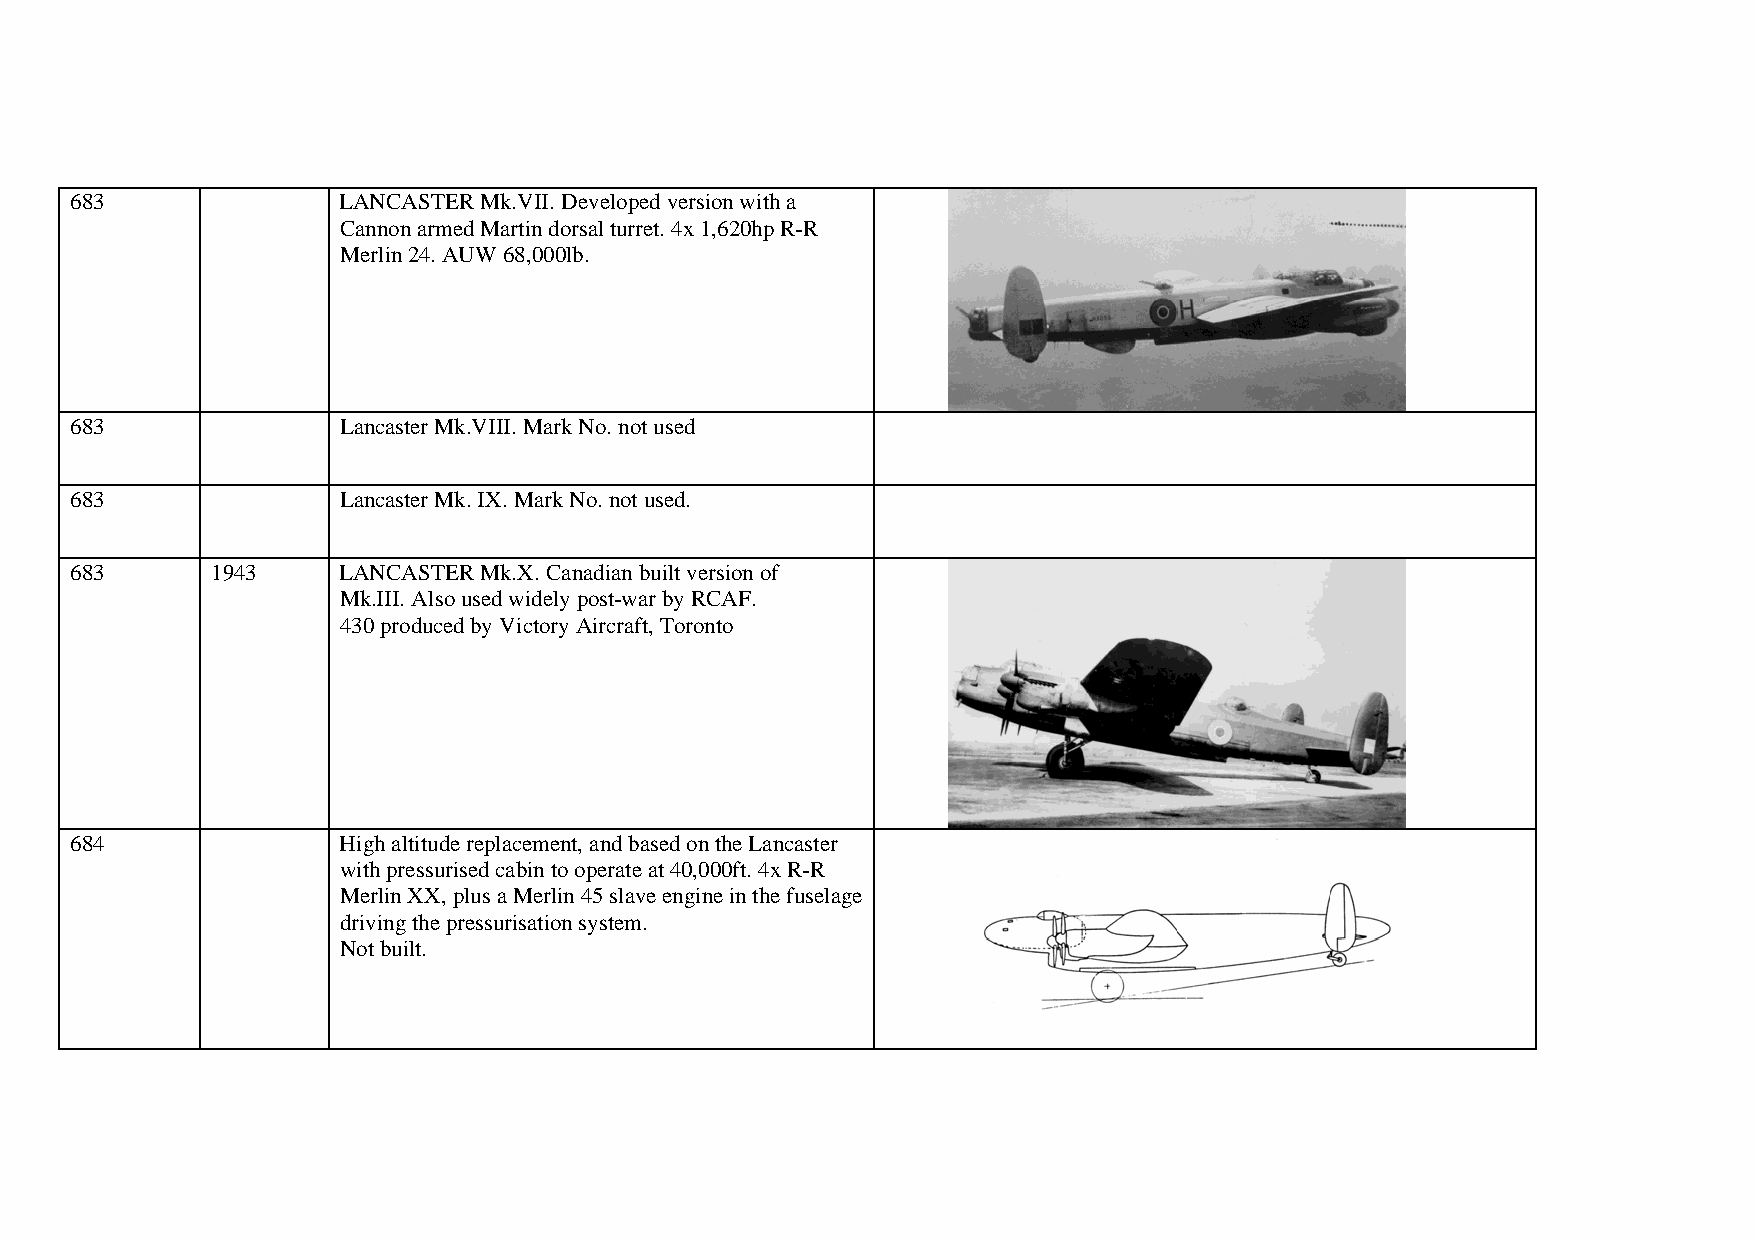
683              LANCASTER Mk.VII. Developed version with a
 Cannon armed Martin dorsal turret. 4x 1,620hp R-R
 Merlin 24. AUW 68,000lb.
 683              Lancaster Mk.VIII. Mark No. not used
 683              Lancaster Mk. IX. Mark No. not used.
 683      1943    LANCASTER Mk.X. Canadian built version of
 Mk.III. Also used widely post-war by RCAF.
 430 produced by Victory Aircraft, Toronto
 684              High altitude replacement, and based on the Lancaster
 with pressurised cabin to operate at 40,000ft. 4x R-R
 Merlin XX, plus a Merlin 45 slave engine in the fuselage
 driving the pressurisation system.
 Not built.